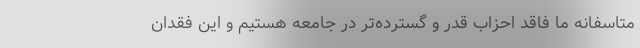
متاسفانه ما فاقد احزاب قدر و گسترده‌تر در جامعه هستیم و این فقدان